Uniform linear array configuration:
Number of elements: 8
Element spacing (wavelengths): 0.25
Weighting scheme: cosine
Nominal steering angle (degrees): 30
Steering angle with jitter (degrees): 30.048
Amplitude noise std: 0.05
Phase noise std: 0.05

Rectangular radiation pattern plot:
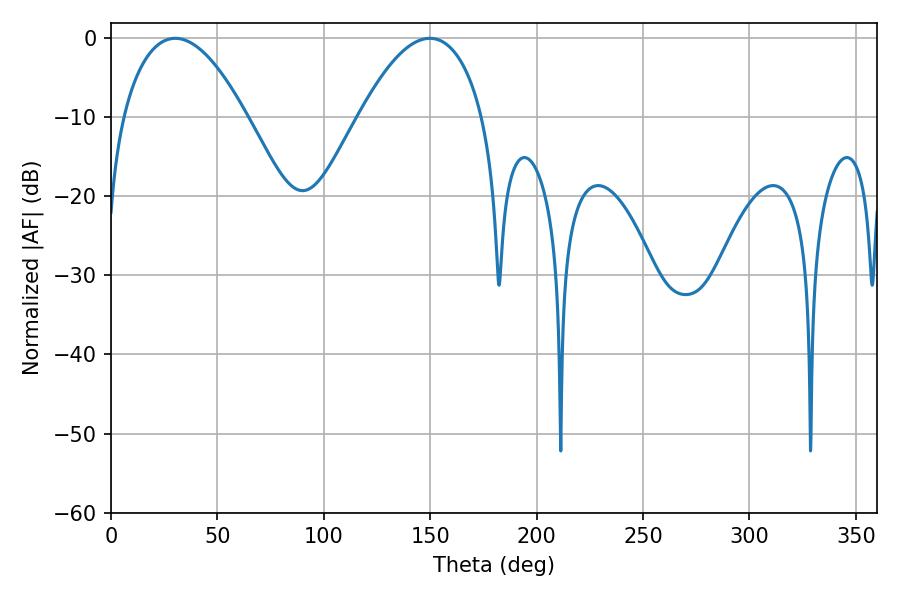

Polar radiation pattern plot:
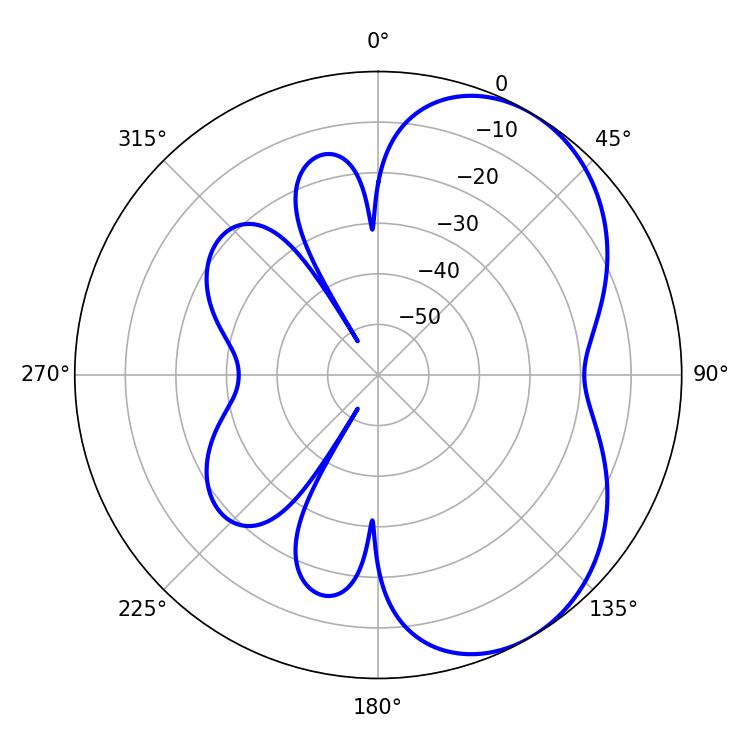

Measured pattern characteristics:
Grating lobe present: FALSE
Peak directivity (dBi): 5.002
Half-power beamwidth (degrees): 32.22
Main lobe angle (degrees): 30.24